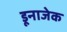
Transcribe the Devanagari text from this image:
डूनाजेक